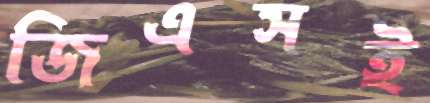
জিএসই